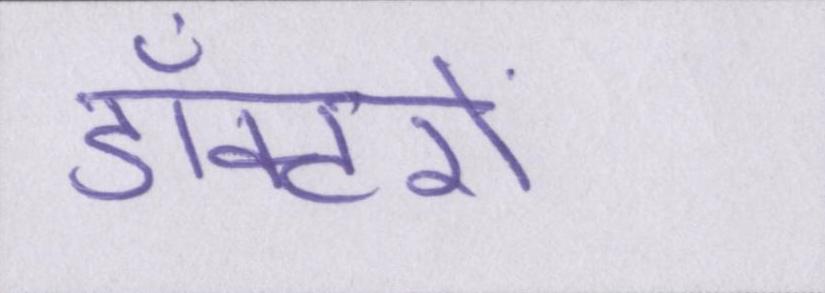
डॉक्टरों